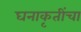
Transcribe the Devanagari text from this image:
घनाकृतींचा